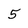
Character: 5